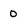
Character: 0